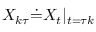
{ X } _ { k \tau } \dot { = } { X } _ { t } \vert { _ { t = \tau k } }